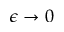
\epsilon \to 0